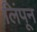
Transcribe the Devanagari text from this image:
लिंपून